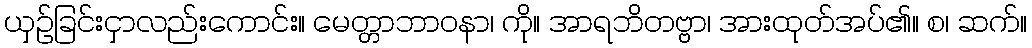
ယှဉ်ခြင်းငှာလည်းကောင်း။ မေတ္တာဘာဝနာ၊ ကို။ အာရဘိတဗ္ဗာ၊ အားထုတ်အပ်၏။ စ၊ ဆက်။